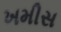
ખમીસ